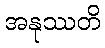
အနုဿတိ